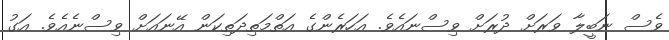
ވެސް ނަބީލާ ވަރަށް ދުރަށް ވިސްނައެވެ. އަހަރެންގެ އަތްމަތިދަތިކަން އޭނައަށް ވިސްނެއެވެ. އަގު